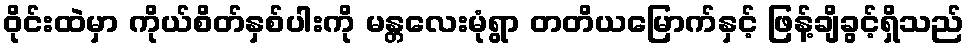
ဝိုင်းထဲမှာ ကိုယ်စိတ်နှစ်ပါးကို မန္တလေးမုံရွာ တတိယမြောက်နှင့် ဖြန့်ချိခွင့်ရှိသည်